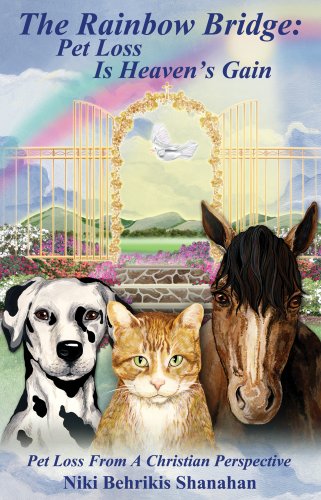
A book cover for The Rainbow Bridge: Pet Loss Is Heaven's Gain; Niki Behrikis Shanahan; Crafts, Hobbies & Home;